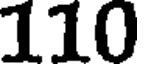
110